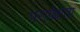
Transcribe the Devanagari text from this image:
परापेक्षता